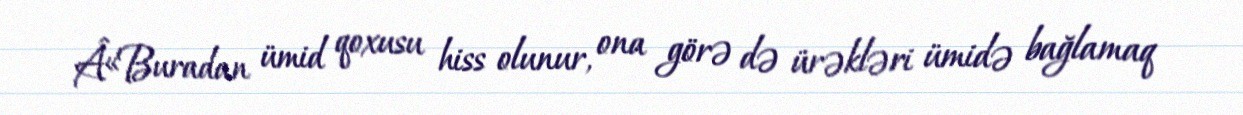
Â«Buradan ümid qoxusu hiss olunur, ona görə də ürəkləri ümidə bağlamaq